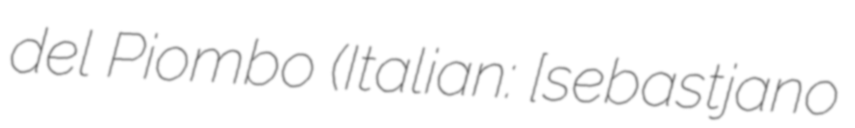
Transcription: del Piombo (Italian: [sebaˈstjaːno